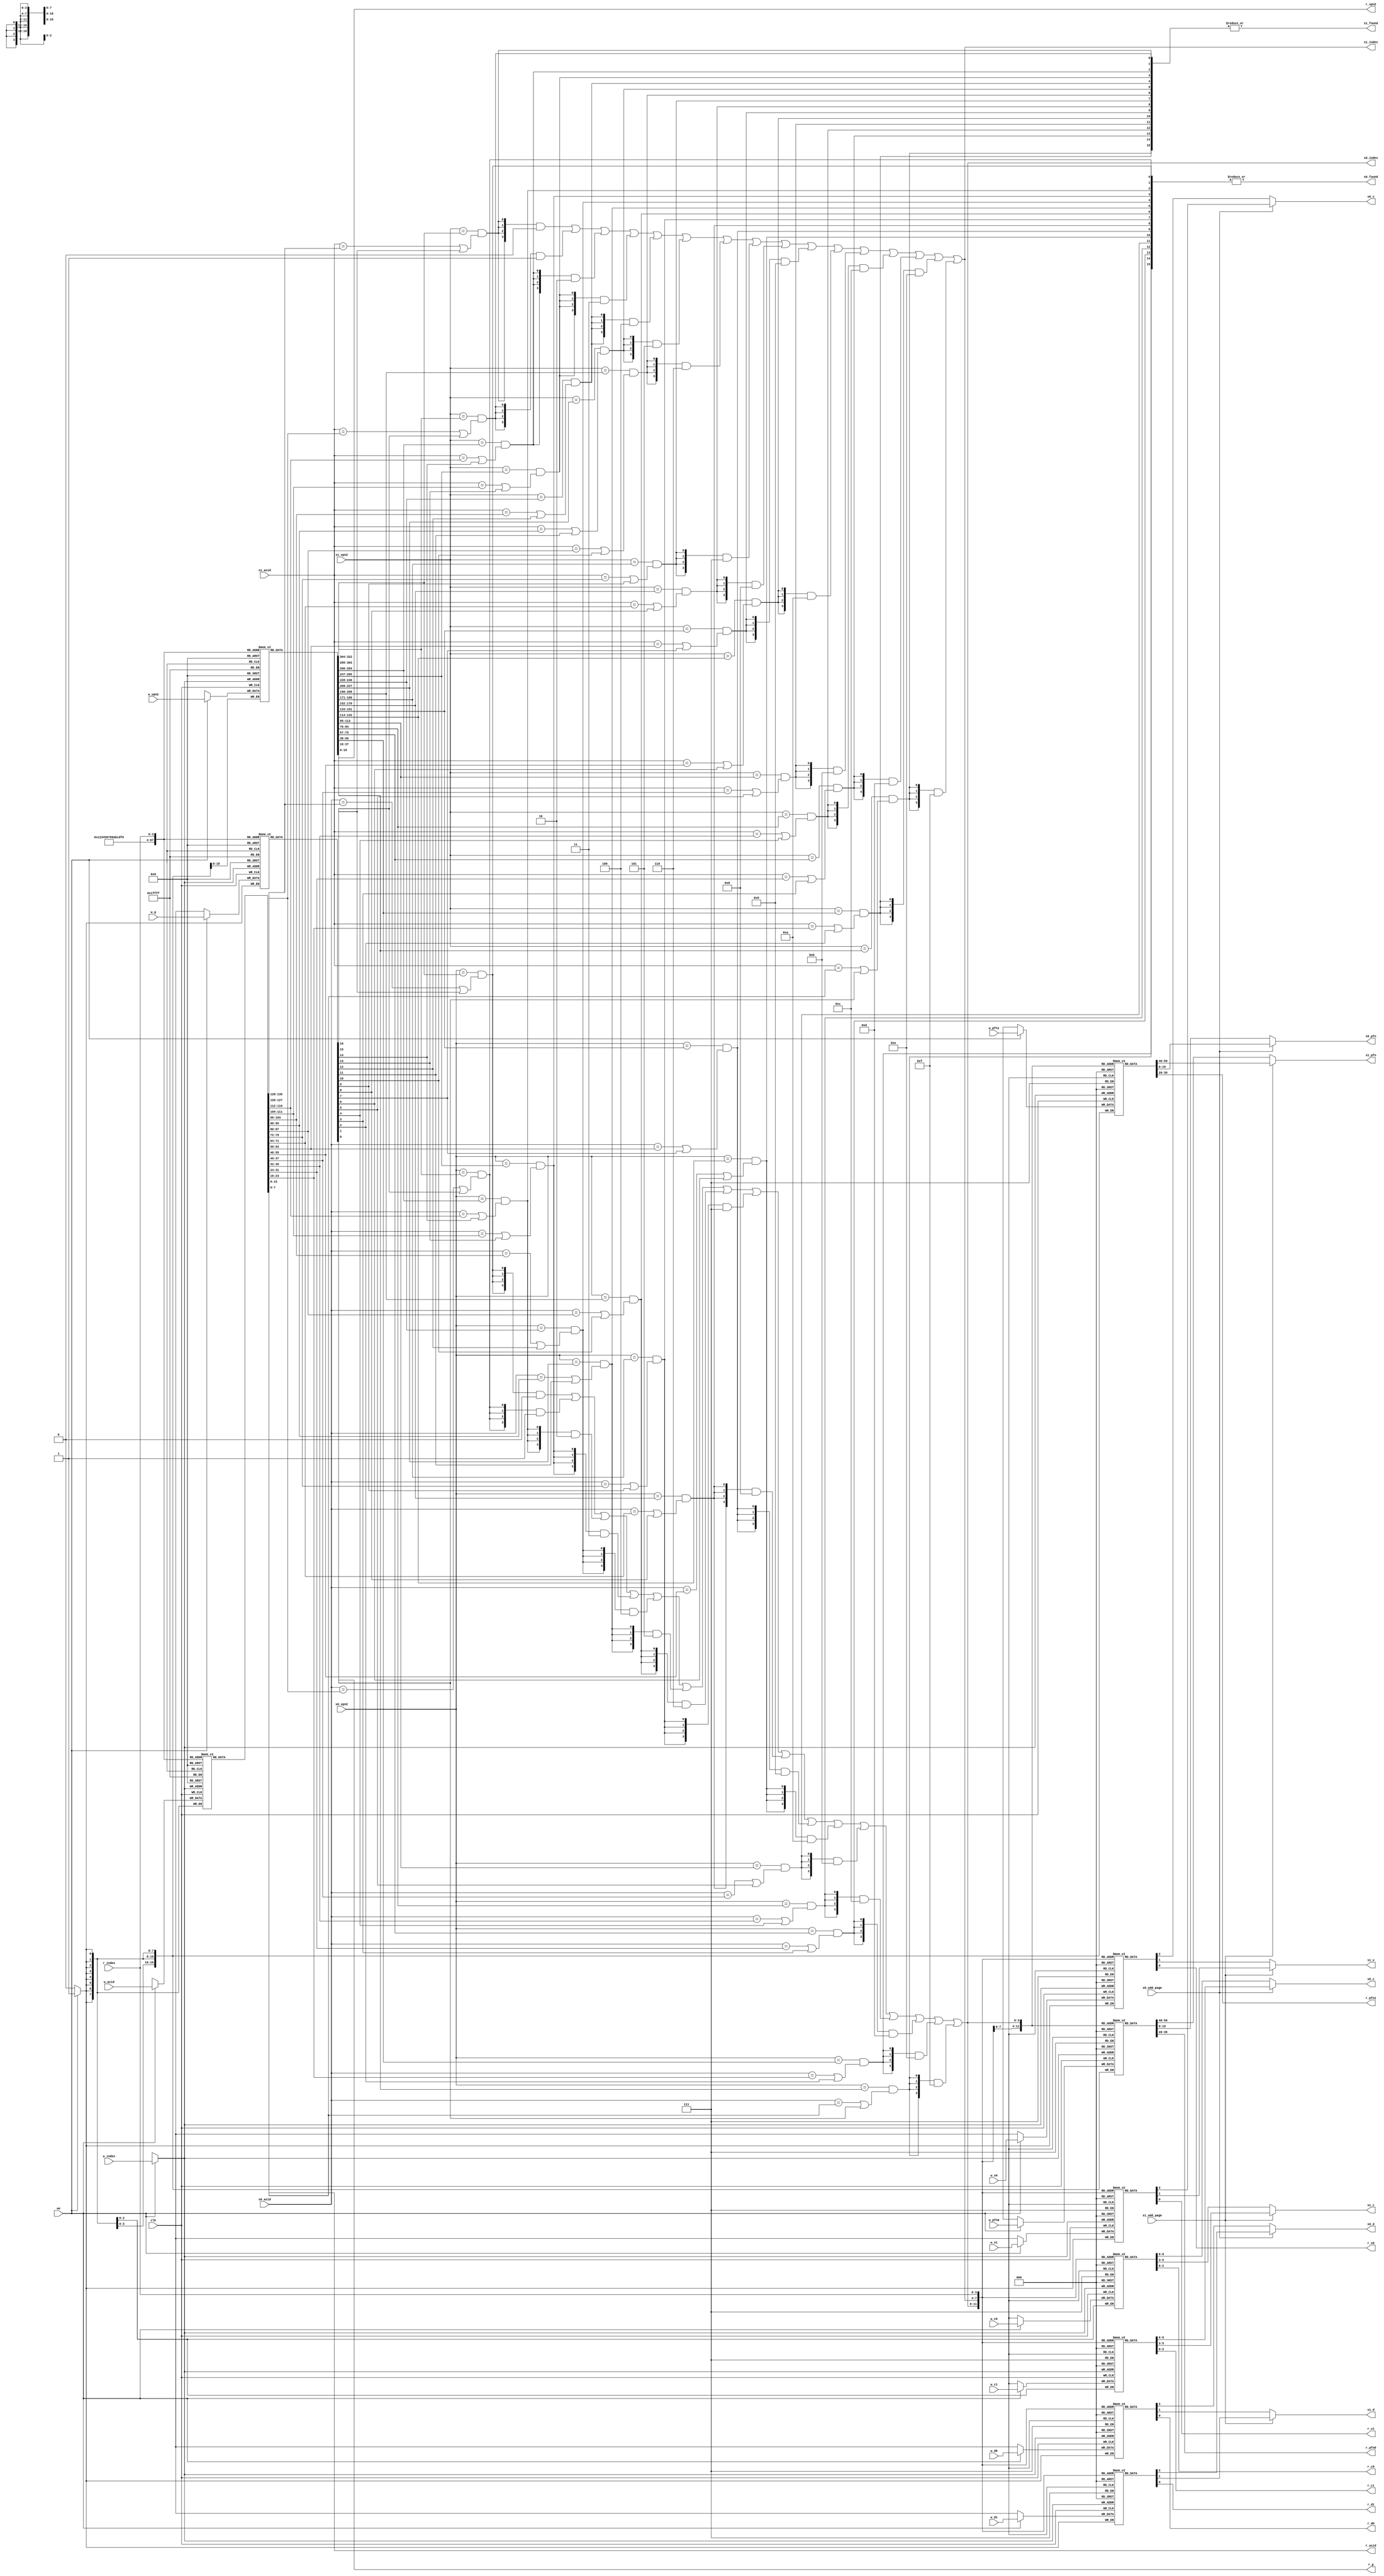
module tlb #
(
    parameter TLBNUM = 16
)
(
    input                       clk,
    // search port 0
    input  [              18:0] s0_vpn2,
    input                       s0_odd_page,
    input  [               7:0] s0_asid,
    output                      s0_found,
    output [$clog2(TLBNUM)-1:0] s0_index,
    output [              19:0] s0_pfn,
    output [               2:0] s0_c,
    output                      s0_d,
    output                      s0_v,
    // search port 1
    input  [              18:0] s1_vpn2,
    input                       s1_odd_page,
    input  [               7:0] s1_asid,
    output                      s1_found,
    output [$clog2(TLBNUM)-1:0] s1_index,
    output [              19:0] s1_pfn,
    output [               2:0] s1_c,
    output                      s1_d,
    output                      s1_v,

    // write port
    input                       we, //w(rite) e(nable)
    input  [$clog2(TLBNUM)-1:0] w_index,
    input  [              18:0] w_vpn2,
    input  [               7:0] w_asid,
    input                       w_g,
    input  [              19:0] w_pfn0,
    input  [               2:0] w_c0,
    input                       w_d0,
    input                       w_v0,
    input  [              19:0] w_pfn1,
    input  [               2:0] w_c1,
    input                       w_d1,
    input                       w_v1,

    // read port
    input  [$clog2(TLBNUM)-1:0] r_index,
    output [              18:0] r_vpn2,
    output [               7:0] r_asid,
    output                      r_g,
    output [              19:0] r_pfn0,
    output [               2:0] r_c0,
    output                      r_d0,
    output                      r_v0,
    output [              19:0] r_pfn1,
    output [               2:0] r_c1,
    output                      r_d1,
    output                      r_v1
);

reg [     18:0] tlb_vpn2 [TLBNUM-1:0];
reg [      7:0] tlb_asid [TLBNUM-1:0];
reg             tlb_g    [TLBNUM-1:0];
reg [     19:0] tlb_pfn0 [TLBNUM-1:0];
reg [      2:0] tlb_c0   [TLBNUM-1:0];
reg             tlb_d0   [TLBNUM-1:0];
reg             tlb_v0   [TLBNUM-1:0];
reg [     19:0] tlb_pfn1 [TLBNUM-1:0];
reg [      2:0] tlb_c1   [TLBNUM-1:0];
reg             tlb_d1   [TLBNUM-1:0];
reg             tlb_v1   [TLBNUM-1:0];

wire [TLBNUM-1:0] match0;
wire [TLBNUM-1:0] match1;
wire [$clog2(TLBNUM)-1:0] index0;
wire [$clog2(TLBNUM)-1:0] index1;

// search port 0
genvar i0;
generate for (i0=0; i0<TLBNUM; i0=i0+1) begin : gen_for_match0
    assign match0[i0] = (s0_vpn2==tlb_vpn2[i0]) && ((s0_asid==tlb_asid[i0]) || tlb_g[i0]);
end endgenerate

assign s0_found = |match0;
assign index0 = {4{match0[ 0]}} & 4'd0 | 
                {4{match0[ 1]}} & 4'd1 | 
                {4{match0[ 2]}} & 4'd2 | 
                {4{match0[ 3]}} & 4'd3 | 
                {4{match0[ 4]}} & 4'd4 | 
                {4{match0[ 5]}} & 4'd5 | 
                {4{match0[ 6]}} & 4'd6 | 
                {4{match0[ 7]}} & 4'd7 | 
                {4{match0[ 8]}} & 4'd8 | 
                {4{match0[ 9]}} & 4'd9 | 
                {4{match0[10]}} & 4'd10 | 
                {4{match0[11]}} & 4'd11 | 
                {4{match0[12]}} & 4'd12 | 
                {4{match0[13]}} & 4'd13 | 
                {4{match0[14]}} & 4'd14 | 
                {4{match0[15]}} & 4'd15;
assign s0_index = index0;
assign s0_pfn = (s0_odd_page) ? tlb_pfn1[index0] : tlb_pfn0[index0];
assign s0_c = (s0_odd_page) ? tlb_c1[index0] : tlb_c0[index0];
assign s0_d = (s0_odd_page) ? tlb_d1[index0] : tlb_d0[index0];
assign s0_v = (s0_odd_page) ? tlb_v1[index0] : tlb_v0[index0];

// search port 1
genvar i1;
generate for (i1=0; i1<TLBNUM; i1=i1+1) begin : gen_for_match1
    assign match1[i1] = (s1_vpn2==tlb_vpn2[i1]) && ((s1_asid==tlb_asid[i1]) || tlb_g[i1]);
end endgenerate

assign s1_found = |match1;
assign index1 = {4{match1[ 0]}} & 4'd0 | 
                {4{match1[ 1]}} & 4'd1 | 
                {4{match1[ 2]}} & 4'd2 | 
                {4{match1[ 3]}} & 4'd3 | 
                {4{match1[ 4]}} & 4'd4 | 
                {4{match1[ 5]}} & 4'd5 | 
                {4{match1[ 6]}} & 4'd6 | 
                {4{match1[ 7]}} & 4'd7 | 
                {4{match1[ 8]}} & 4'd8 | 
                {4{match1[ 9]}} & 4'd9 | 
                {4{match1[10]}} & 4'd10 | 
                {4{match1[11]}} & 4'd11 | 
                {4{match1[12]}} & 4'd12 | 
                {4{match1[13]}} & 4'd13 | 
                {4{match1[14]}} & 4'd14 | 
                {4{match1[15]}} & 4'd15;
assign s1_index = index1;
assign s1_pfn = (s1_odd_page) ? tlb_pfn1[index1] : tlb_pfn0[index1];
assign s1_c = (s1_odd_page) ? tlb_c1[index1] : tlb_c0[index1];
assign s1_d = (s1_odd_page) ? tlb_d1[index1] : tlb_d0[index1];
assign s1_v = (s1_odd_page) ? tlb_v1[index1] : tlb_v0[index1];

// write port
always @(posedge clk) begin
    if (we) begin
        tlb_vpn2[w_index] <= w_vpn2;
        tlb_asid[w_index] <= w_asid;
        tlb_g[w_index]    <= w_g;
        tlb_pfn0[w_index] <= w_pfn0;
        tlb_c0[w_index]   <= w_c0;
        tlb_d0[w_index]   <= w_d0;
        tlb_v0[w_index]   <= w_v0;
        tlb_pfn1[w_index] <= w_pfn1;
        tlb_c1[w_index]   <= w_c1;
        tlb_d1[w_index]   <= w_d1;
        tlb_v1[w_index]   <= w_v1;
    end
end

// read port
assign r_vpn2 = tlb_vpn2[r_index];
assign r_asid = tlb_asid[r_index];
assign r_g    = tlb_g[r_index];
assign r_pfn0 = tlb_pfn0[r_index];
assign r_c0   = tlb_c0[r_index];
assign r_d0   = tlb_d0[r_index];
assign r_v0   = tlb_v0[r_index];
assign r_pfn1 = tlb_pfn1[r_index];
assign r_c1   = tlb_c1[r_index];
assign r_d1   = tlb_d1[r_index];
assign r_v1   = tlb_v1[r_index];

endmodule